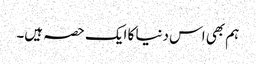
ہم بھی اس دنیا کا ایک حصہ ہیں۔